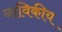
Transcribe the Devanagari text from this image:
नाविकीय